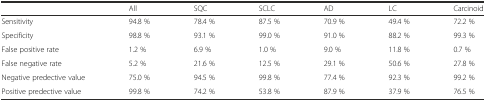
<table><thead><tr><td></td><td><b>All</b></td><td><b>SQC</b></td><td><b>SCLC</b></td><td><b>AD</b></td><td><b>LC</b></td><td><b>Carcinoid</b></td></tr></thead><tbody><tr><td>Sensitivity</td><td>94.8 %</td><td>78.4 %</td><td>87.5 %</td><td>70.9 %</td><td>49.4 %</td><td>72.2 %</td></tr><tr><td>Specificity</td><td>98.8 %</td><td>93.1 %</td><td>99.0 %</td><td>91.0 %</td><td>88.2 %</td><td>99.3 %</td></tr><tr><td>False positive rate</td><td>1.2 %</td><td>6.9 %</td><td>1.0 %</td><td>9.0 %</td><td>11.8 %</td><td>0.7 %</td></tr><tr><td>False negative rate</td><td>5.2 %</td><td>21.6 %</td><td>12.5 %</td><td>29.1 %</td><td>50.6 %</td><td>27.8 %</td></tr><tr><td>Negative predective value</td><td>75.0 %</td><td>94.5 %</td><td>99.8 %</td><td>77.4 %</td><td>92.3 %</td><td>99.2 %</td></tr><tr><td>Positive predective value</td><td>99.8 %</td><td>74.2 %</td><td>53.8 %</td><td>87.9 %</td><td>37.9 %</td><td>76.5 %</td></tr></tbody></table>